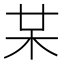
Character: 𣏼